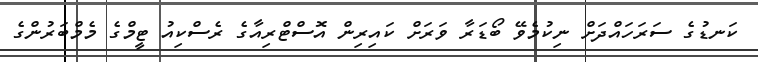
ކަނޑުގެ ސަރަހައްދަށް ނިކުމެވޭ ބޯޑަރާ ވަރަށް ކައިރިން އޮސްޓްރިއާގެ ރެސްކިއު ޓީމްގެ މެމްބަރުންގެ